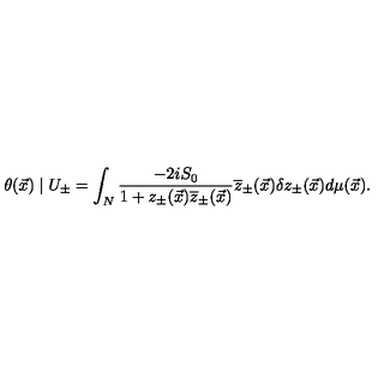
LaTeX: \theta ( \vec { x } ) \mid U _ { \pm } = \int _ { N } \frac { - 2 i S _ { 0 } } { 1 + z _ { \pm } ( \vec { x } ) \overline { { z } } _ { \pm } ( \vec { x } ) } \overline { { z } } _ { \pm } ( \vec { x } ) \delta z _ { \pm } ( \vec { x } ) d \mu ( \vec { x } ) .